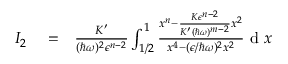
\begin{array} { r l r } { I _ { 2 } } & { { } = } & { \frac { K ^ { \prime } } { ( \hbar \omega ) ^ { 2 } \epsilon ^ { n - 2 } } \int _ { 1 / 2 } ^ { 1 } \frac { x ^ { n } - \frac { K \epsilon ^ { n - 2 } } { K ^ { \prime } ( \hbar \omega ) ^ { m - 2 } } x ^ { 2 } } { x ^ { 4 } - ( \epsilon / \hbar \omega ) ^ { 2 } x ^ { 2 } } \textrm { d } x } \end{array}